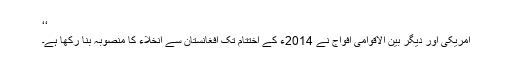
‘‘
امریکی اور دیگر بین الاقوامی افواج نے 2014ء کے اختتام تک افغانستان سے انخلاء کا منصوبہ بنا رکھا ہے۔